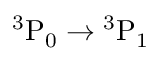
\mathrm { { } ^ { 3 } P _ { 0 } \rightarrow { } ^ { 3 } P _ { 1 } }